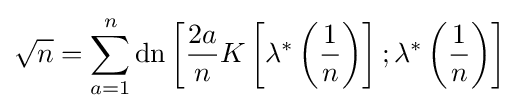
{\sqrt {n}}=\sum _{a=1}^{n}\operatorname {dn} \left[{\frac {2a}{n}}K\left[\lambda ^{*}\left({\frac {1}{n}}\right)\right];\lambda ^{*}\left({\frac {1}{n}}\right)\right]